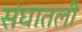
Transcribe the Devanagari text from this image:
संघातली